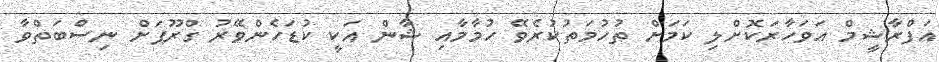
އަފްރާޝީމް އަވަހާރަކޮށްލި ކަމަށް ތުހުމަތުކުރެވޭ ހުމާމާއި ޝާން އަކީ ކުޑަހެންވޭރު ގްރޫޕަށް ނިސްބަތްވާ